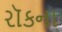
રૉકના